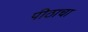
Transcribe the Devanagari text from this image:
पीठाचा